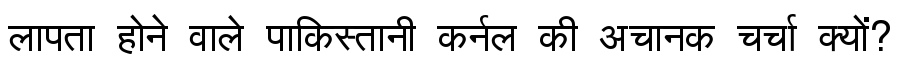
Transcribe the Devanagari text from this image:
लापता होने वाले पाकिस्तानी कर्नल की अचानक चर्चा क्यों?